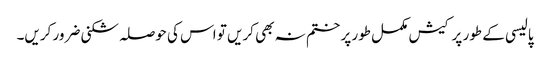
پالیسی کے طور پر کیش مکمل طور پر ختم نہ بھی کریں تو اس کی حوصلہ شکنی ضرور کریں۔